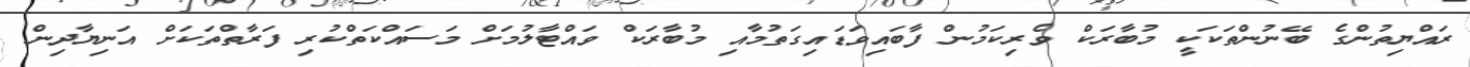
ރައްޔިތުންގެ ބޭނުންތަކަކީ މުބާރަކް ވެރިކަމުން ފާބައިވަޑައިގަތުމާއި މުބާރަކް ވައްޓާލުމަށް މަސައްކަތްކުރި ފަރާތްތަކަށް އަނިޔާދިން